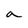
Character: a